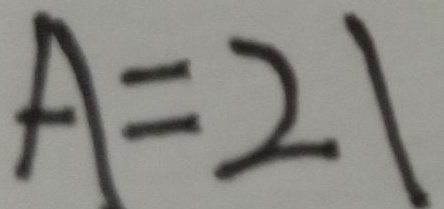
A = 2 1